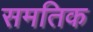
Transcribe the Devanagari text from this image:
समतिक